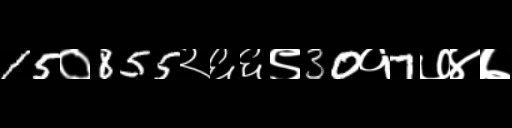
Text: 15०855२६६९30१7७४७